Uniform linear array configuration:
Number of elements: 16
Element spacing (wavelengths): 0.5
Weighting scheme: hamming
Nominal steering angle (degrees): -15
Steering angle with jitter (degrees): -16.364
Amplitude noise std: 0.05
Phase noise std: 0.05

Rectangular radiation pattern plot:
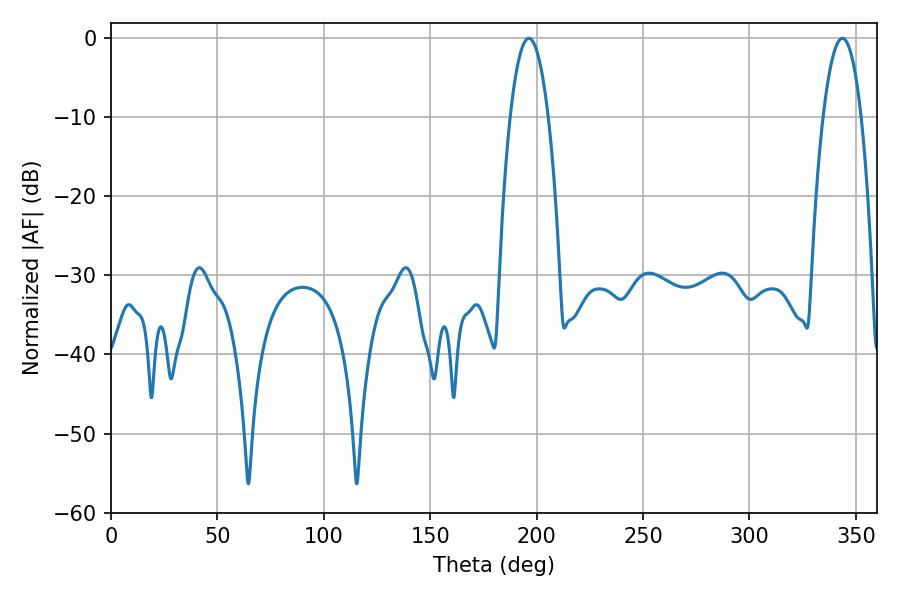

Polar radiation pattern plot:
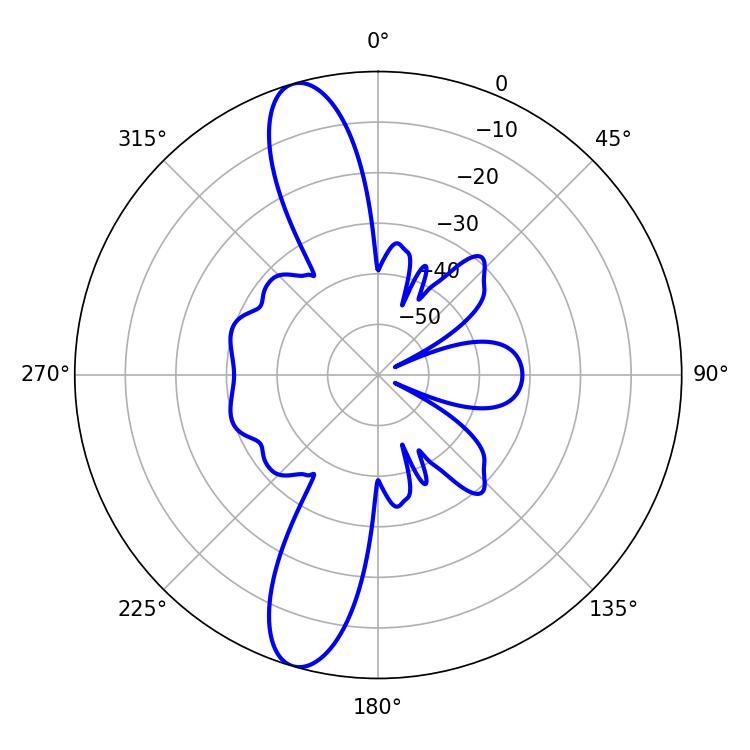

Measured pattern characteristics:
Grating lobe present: FALSE
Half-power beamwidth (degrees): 10.08
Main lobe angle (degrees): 196.38